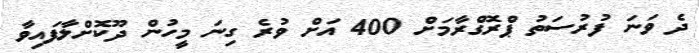
ދެ ވަނަ ފުރުސަތު ޕްރޮގްރާމަށް 400 އަށް ވުރެ ގިނަ މީހުން ދޫކޮށްލާފައިވާ